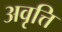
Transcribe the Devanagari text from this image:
अवृत्ति